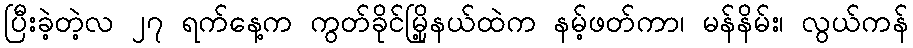
ပြီးခဲ့တဲ့လ ၂၇ ရက်နေ့က ကွတ်ခိုင်မြို့နယ်ထဲက နမ့်ဖတ်ကာ၊ မန်နိမ်း၊ လွယ်ကန်